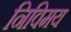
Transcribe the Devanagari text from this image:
निविमय